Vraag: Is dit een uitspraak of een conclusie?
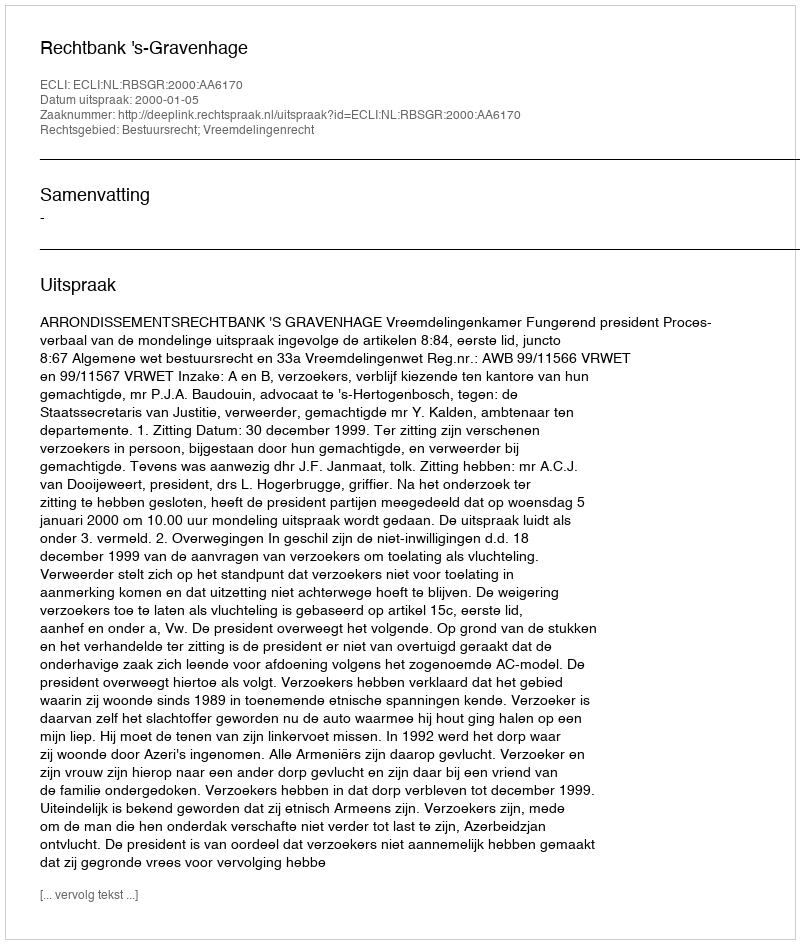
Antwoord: Uitspraak